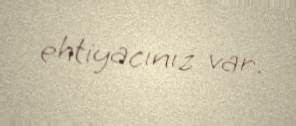
ehtiyacınız var.